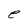
Character: e